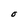
Character: O